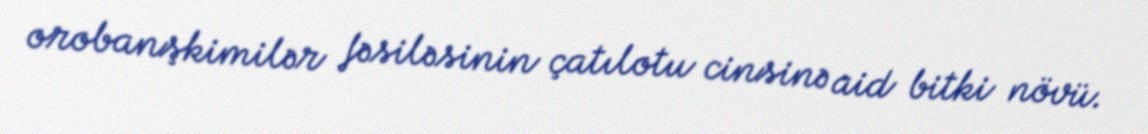
orobanşkimilər fəsiləsinin çatılotu cinsinə aid bitki növü.